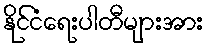
နိုင်ငံရေးပါတီများအား